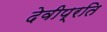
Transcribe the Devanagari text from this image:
देवीप्रति